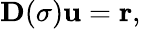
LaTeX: \textbf{D}(\sigma)\textbf{u}=\textbf{r},